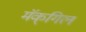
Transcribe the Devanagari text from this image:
मॅक्‌गिल